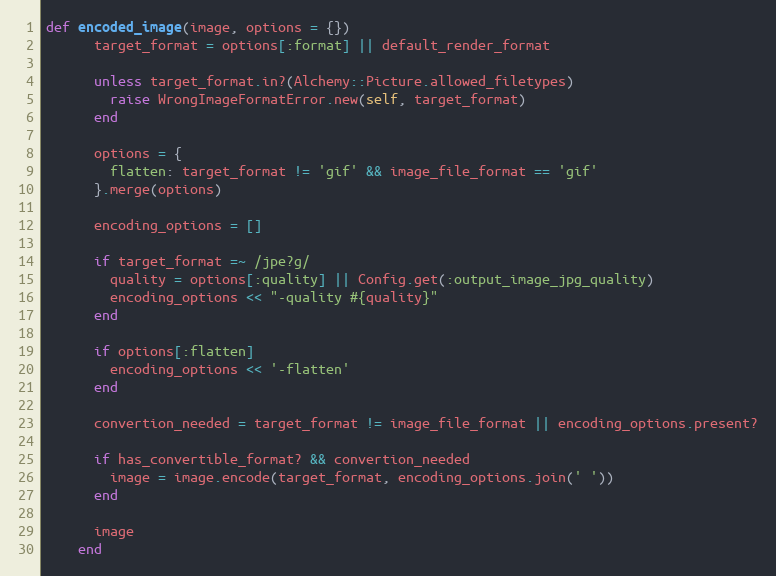
Language: Ruby
def encoded_image(image, options = {})
      target_format = options[:format] || default_render_format

      unless target_format.in?(Alchemy::Picture.allowed_filetypes)
        raise WrongImageFormatError.new(self, target_format)
      end

      options = {
        flatten: target_format != 'gif' && image_file_format == 'gif'
      }.merge(options)

      encoding_options = []

      if target_format =~ /jpe?g/
        quality = options[:quality] || Config.get(:output_image_jpg_quality)
        encoding_options << "-quality #{quality}"
      end

      if options[:flatten]
        encoding_options << '-flatten'
      end

      convertion_needed = target_format != image_file_format || encoding_options.present?

      if has_convertible_format? && convertion_needed
        image = image.encode(target_format, encoding_options.join(' '))
      end

      image
    end